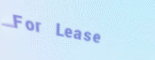
For Lease